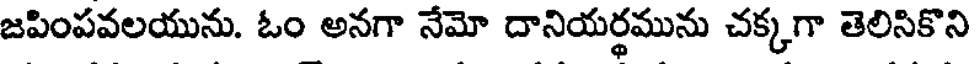
జపింపవలయును. ఓం అనగా నేమో దానియర్థమును చక్కగా తెలిసికొని